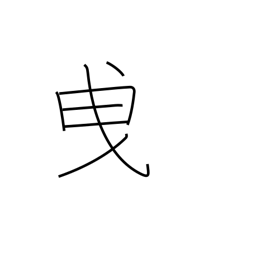
Meaning: tow